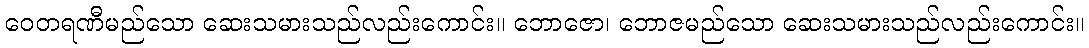
ဝေတရဏီမည်သော ဆေးသမားသည်လည်းကောင်း။ ဘောဇော၊ ဘောဇမည်သော ဆေးသမားသည်လည်းကောင်း။